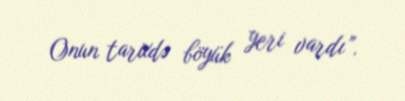
Onun tarixdə böyük yeri vardı”.